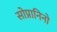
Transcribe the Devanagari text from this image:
सोप्रानिनो